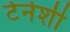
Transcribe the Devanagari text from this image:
टेनेशी